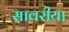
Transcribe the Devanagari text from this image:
सावरीया